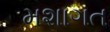
મશાગત